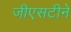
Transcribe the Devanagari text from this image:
जीएसटीने